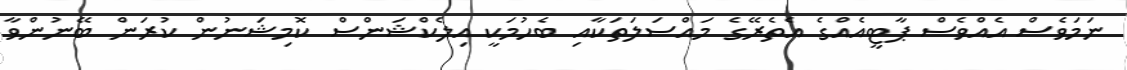
ނަމަވެސް އެއްވެސް ޕާޓީއެއްގެ އެތެރޭގެ މައްސަލަތަކާއި ބެހުމަކީ އިލެކްޝަންސް ކޮމިޝަނުން ކުރަން ބޭނުންވާ